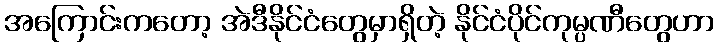
အကြောင်းကတော့ အဲဒီနိုင်ငံတွေမှာရှိတဲ့ နိုင်ငံပိုင်ကုမ္ပဏီတွေဟာ